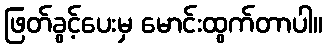
ဖြတ်ခွင့်ပေးမှ မောင်းထွက်တာပါ။